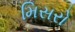
મિસરો